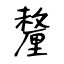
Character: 釐